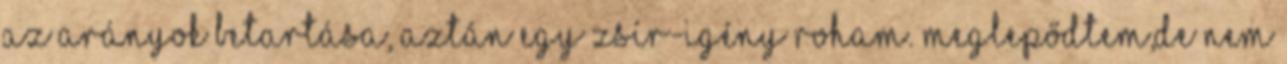
az arányok betartása, aztán egy zsír-igény roham. Meglepődtem,de nem